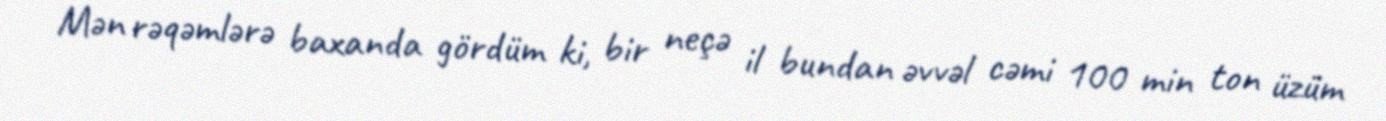
Mən rəqəmlərə baxanda gördüm ki, bir neçə il bundan əvvəl cəmi 100 min ton üzüm